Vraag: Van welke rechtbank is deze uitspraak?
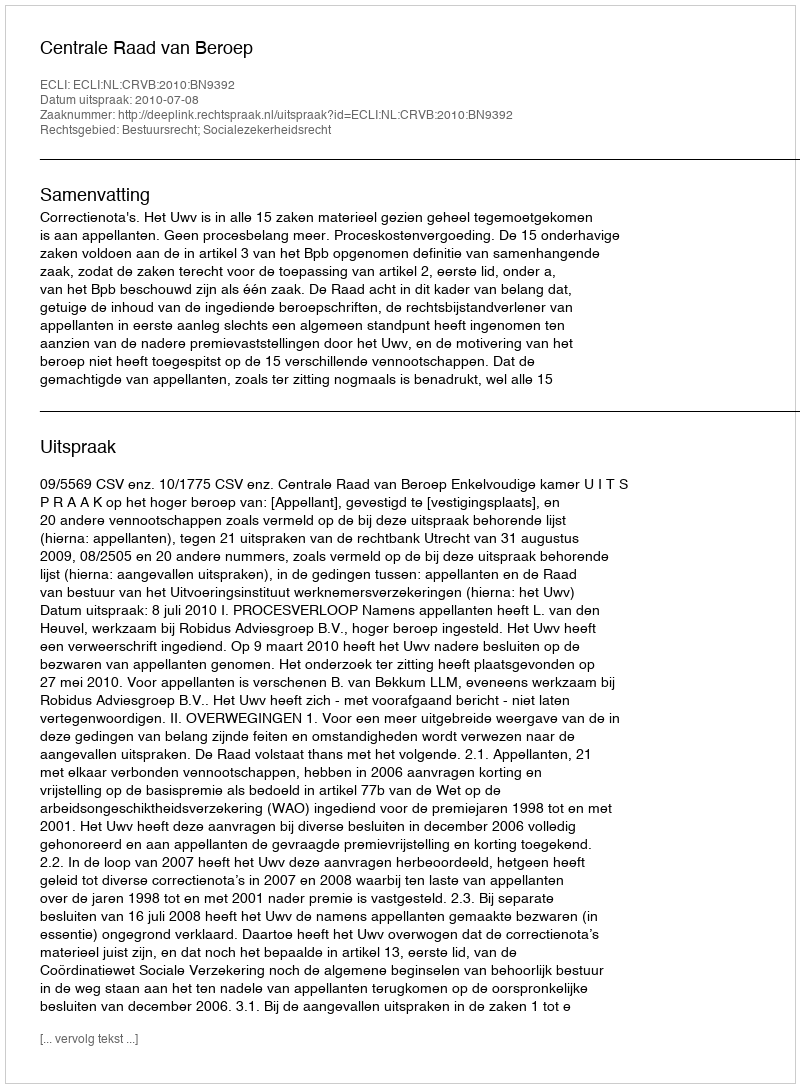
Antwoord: Centrale Raad van Beroep